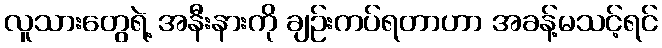
လူသားတွေရဲ့ အနီးနားကို ချဉ်းကပ်ရတာဟာ အခန့်မသင့်ရင်